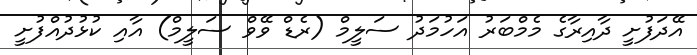
އޭދަފުށީ ދާއިރާގެ މެމްބަރު އަހުމަދު ސަލީމް (ރެޑް ވޭވް ސަލީމް) އާއި ކުޅުދުއްފުށީ